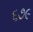
૬૭૯